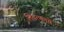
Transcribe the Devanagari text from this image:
लिवरपूलचे